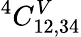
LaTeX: ^{4}C_{12,34}^{V}